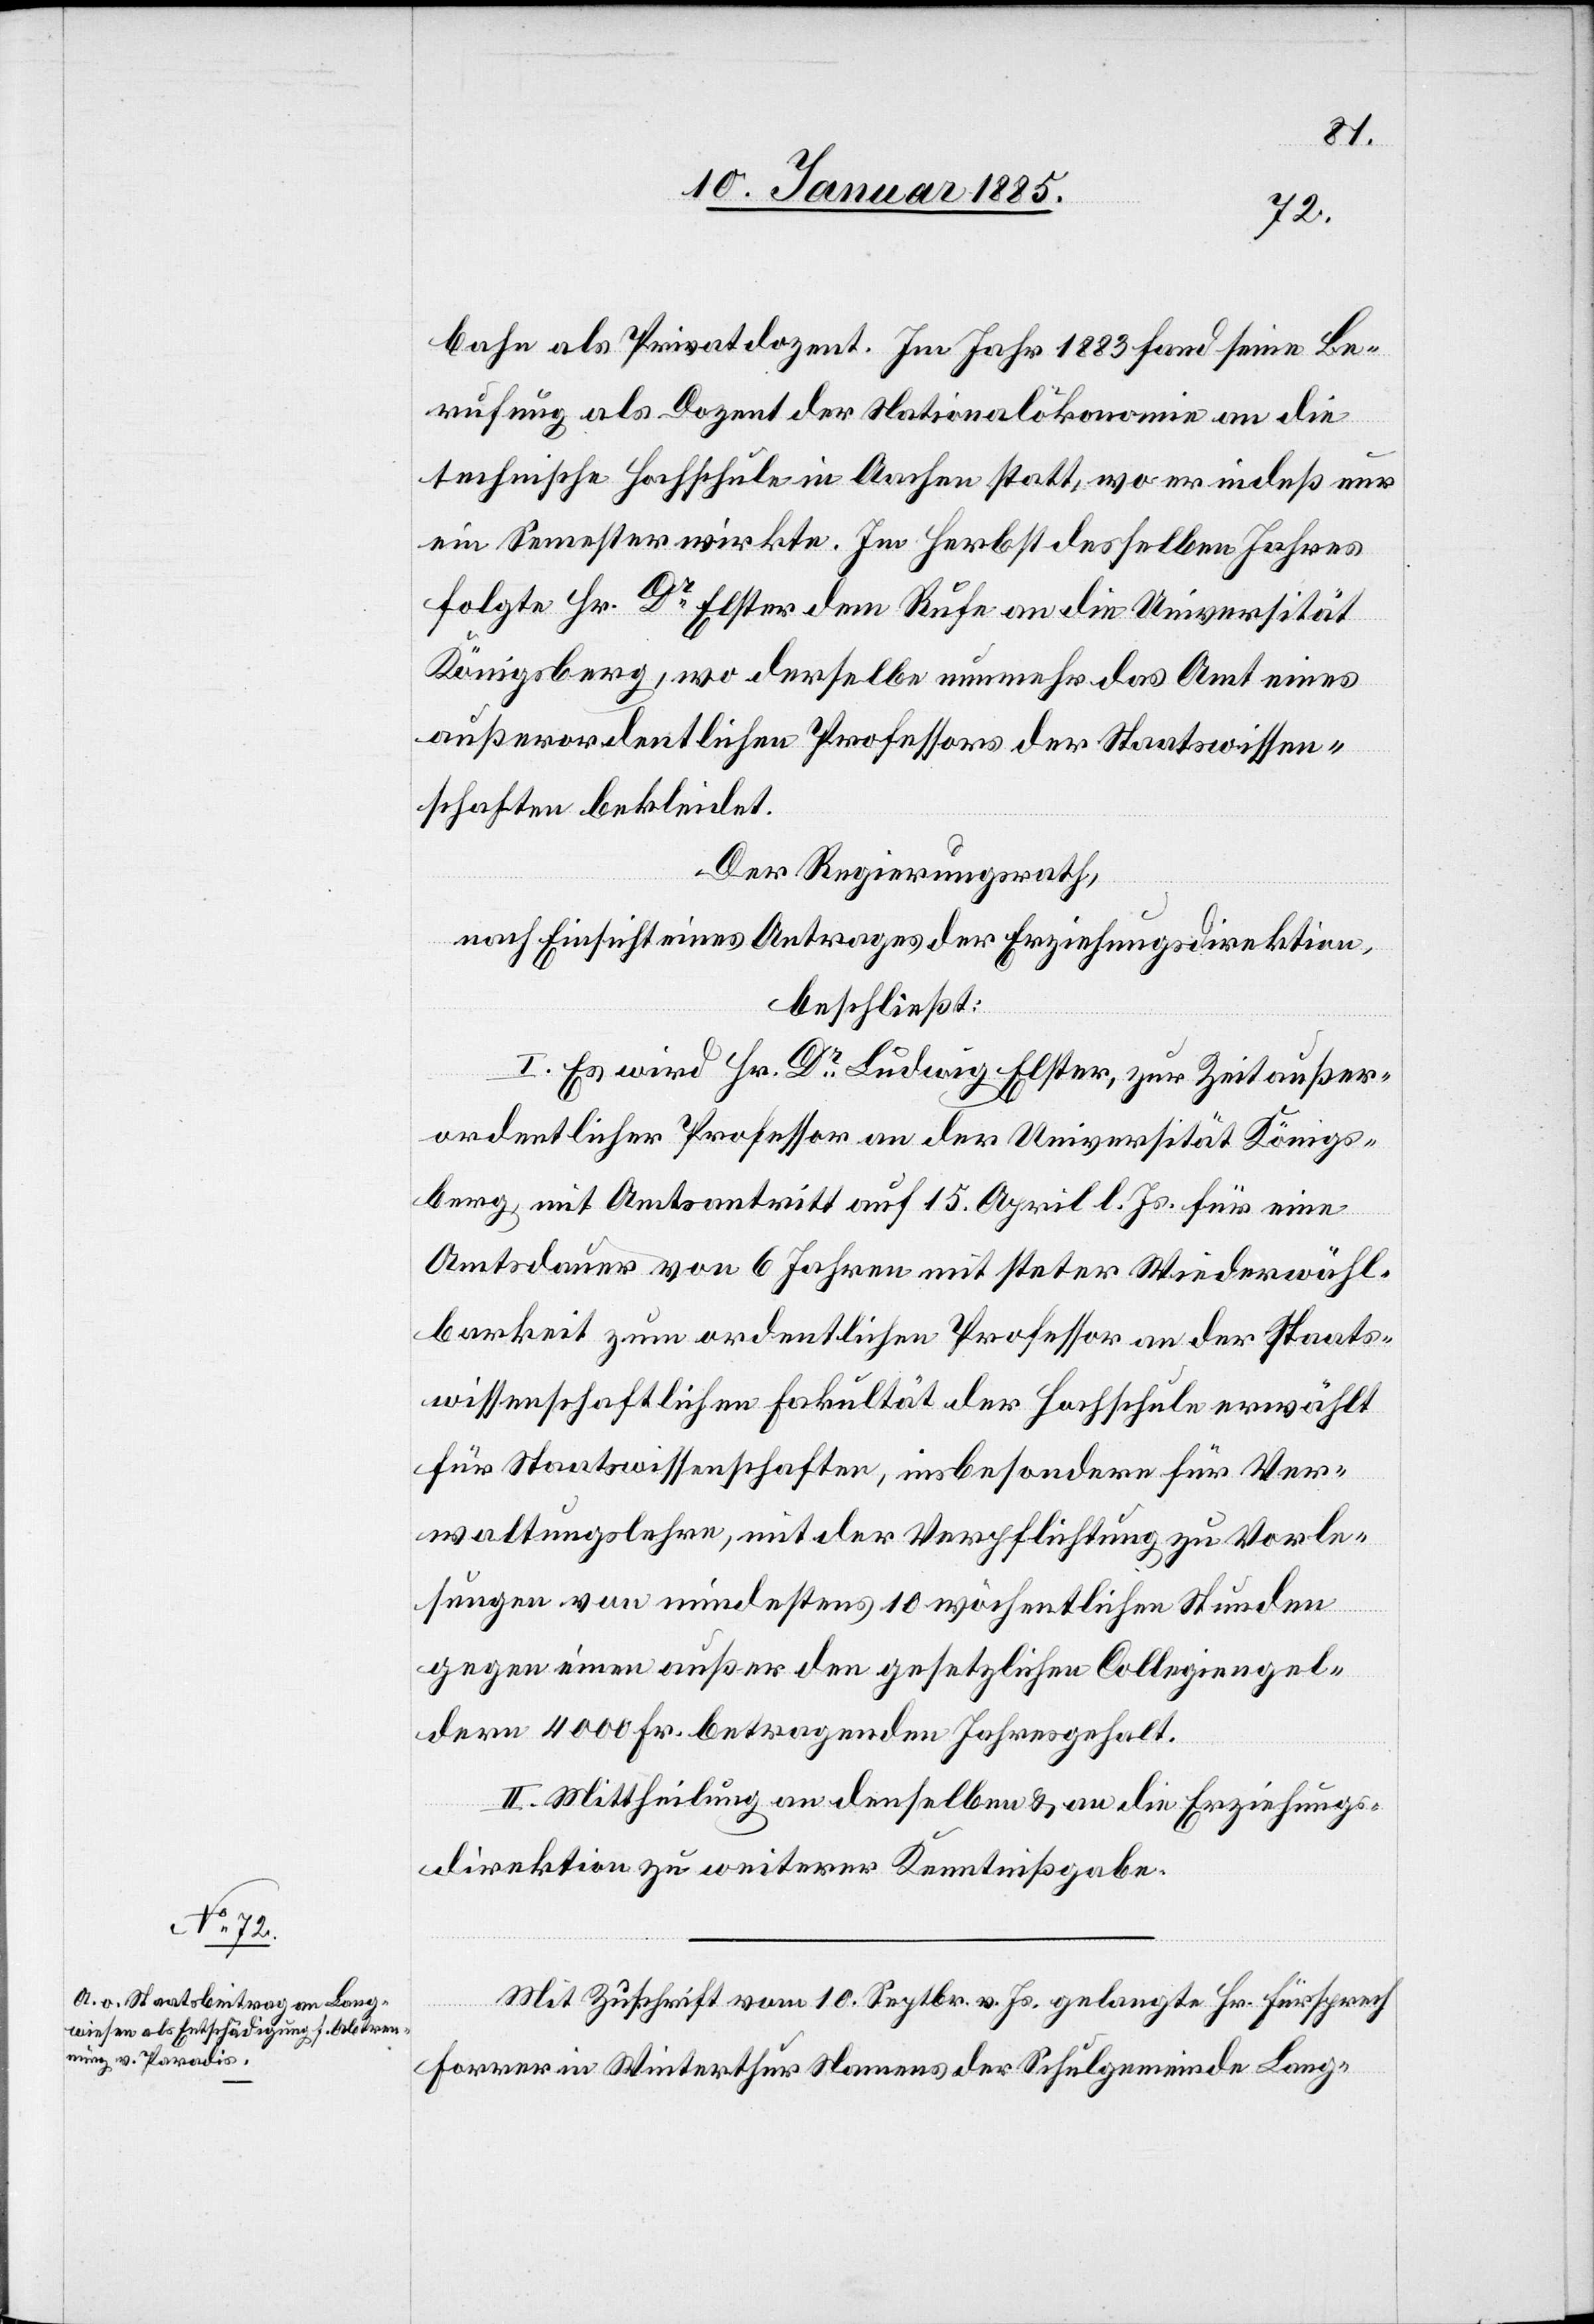
bahn als Privatdozent. Im Jahr 1883 fand seine Be¬
rufung als Dozent der Nationalökonomie an die
technische Hochschule in Aachen statt, wo er indeß nur
ein Semester wirkte. Im Herbst desselben Jahres
folgte Hr. Dr Elster dem Rufe an die Universität
Königsberg, wo derselbe nunmehr das Amt eines
außerordentlichen Professors der Staatswissen¬
schaften bekleidet.
Der Regierungsrath,
nach Einsicht eines Antrages der Erziehungsdirektion,
beschließt:
I. Es wird Hr. Dr Ludwig Elster, zur Zeit außer¬
ordentlicher Professor an der Universität Königs¬
berg, mit Amtsantritt auf 15. April l. Js. für eine
Amtsdauer von 6 Jahren mit steter Wiederwähl¬
barkeit zum ordentlichen Professor an der Staats¬
wissenschaftlichen Fakultät der Hochschule erwählt
für Staatswissenschaften, insbesondere für Ver¬
waltungslehre, mit der Verpflichtung zu Vorle¬
sungen von mindestens 10 wöchentlichen Stunden
gegen einen außer den gesetzlichen Collegiengel¬
dern 4000 Fr. betragenden Jahresgehalt.
II. Mittheilung an denselben & an die Erziehungs¬
direktion zu weiterer Kenntißgabe.
Mit Zuschrift vom 10. Septbr. v. Js. gelangte Hr. Fürsprech
Forrer in Winterthur Namens der Schulgemeinde Lang-